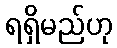
ရရှိမည်ဟု